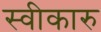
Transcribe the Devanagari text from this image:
स्वीकारु